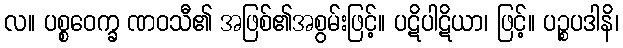
လ။ ပစ္စဝေက္ခ ဏဝသီ၏ အဖြစ်၏အစွမ်းဖြင့်။ ပဋိပါဋိယာ၊ ဖြင့်။ ပဉ္စပဒါနိ၊